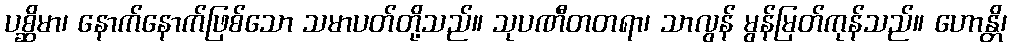
ပစ္ဆိမာ၊ နောက်နောက်ဖြစ်သော သမာပတ်တို့သည်။ သုပဏီတတရာ၊ သာလွန် မွန်မြတ်ကုန်သည်။ ဟောန္တိ၊